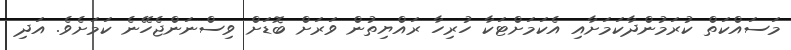
މަސައްކަތް ކުރަމުންދާކަމަށާއި އެކަމަށްޓަކާ ހުރިހާ ރައްޔިތުން ވަރަށް ބޮޑަށް ވިސްނަންޖެހޭނެ ކަމަށެވެ. އަދި